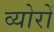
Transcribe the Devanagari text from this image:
व्योरों